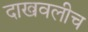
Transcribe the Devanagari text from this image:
दाखवलीच